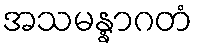
အသမန္နာဂတံ